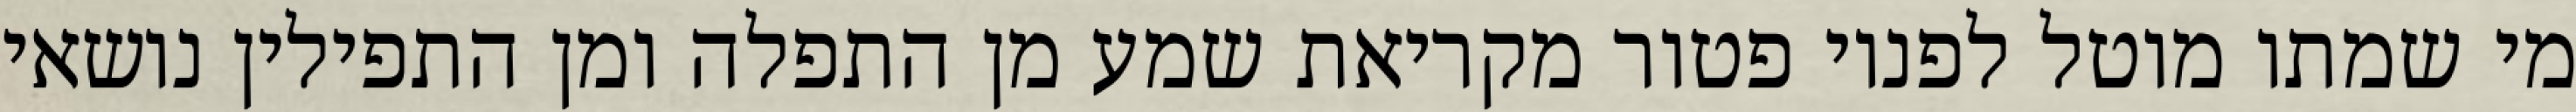
מי שמתו מוטל לפניו פטור מקריאת שמע מן התפלה ומן התפילין נושאי